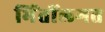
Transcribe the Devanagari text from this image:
भिंतींलगत